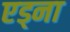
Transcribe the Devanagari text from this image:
एड्ना